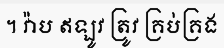
។ វ៉ាប ឥឡូវ ត្រូវ គ្រប់គ្រង